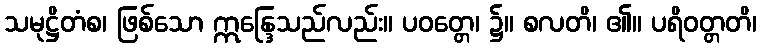
သမုဋ္ဌိတံစ၊ ဖြစ်သော ဣန္ဒြေသည်လည်း။ ပဝတ္တေ၊ ၌။ စလတိ၊ ၏။ ပရိဝတ္တတိ၊